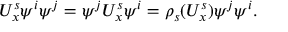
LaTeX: U _ { x } ^ { s } \psi ^ { i } \psi ^ { j } = \psi ^ { j } U _ { x } ^ { s } \psi ^ { i } = \rho _ { s } ( U _ { x } ^ { s } ) \psi ^ { j } \psi ^ { i } .